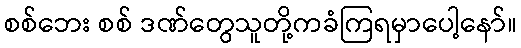
စစ်ဘေး စစ် ဒဏ်တွေသူတို့ကခံကြရမှာပေါ့နော်။